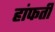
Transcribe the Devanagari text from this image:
हांफती